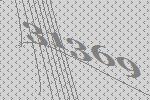
31369